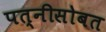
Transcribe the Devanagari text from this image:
पत्नीसोबत